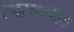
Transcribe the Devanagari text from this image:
सदस्याकरिता